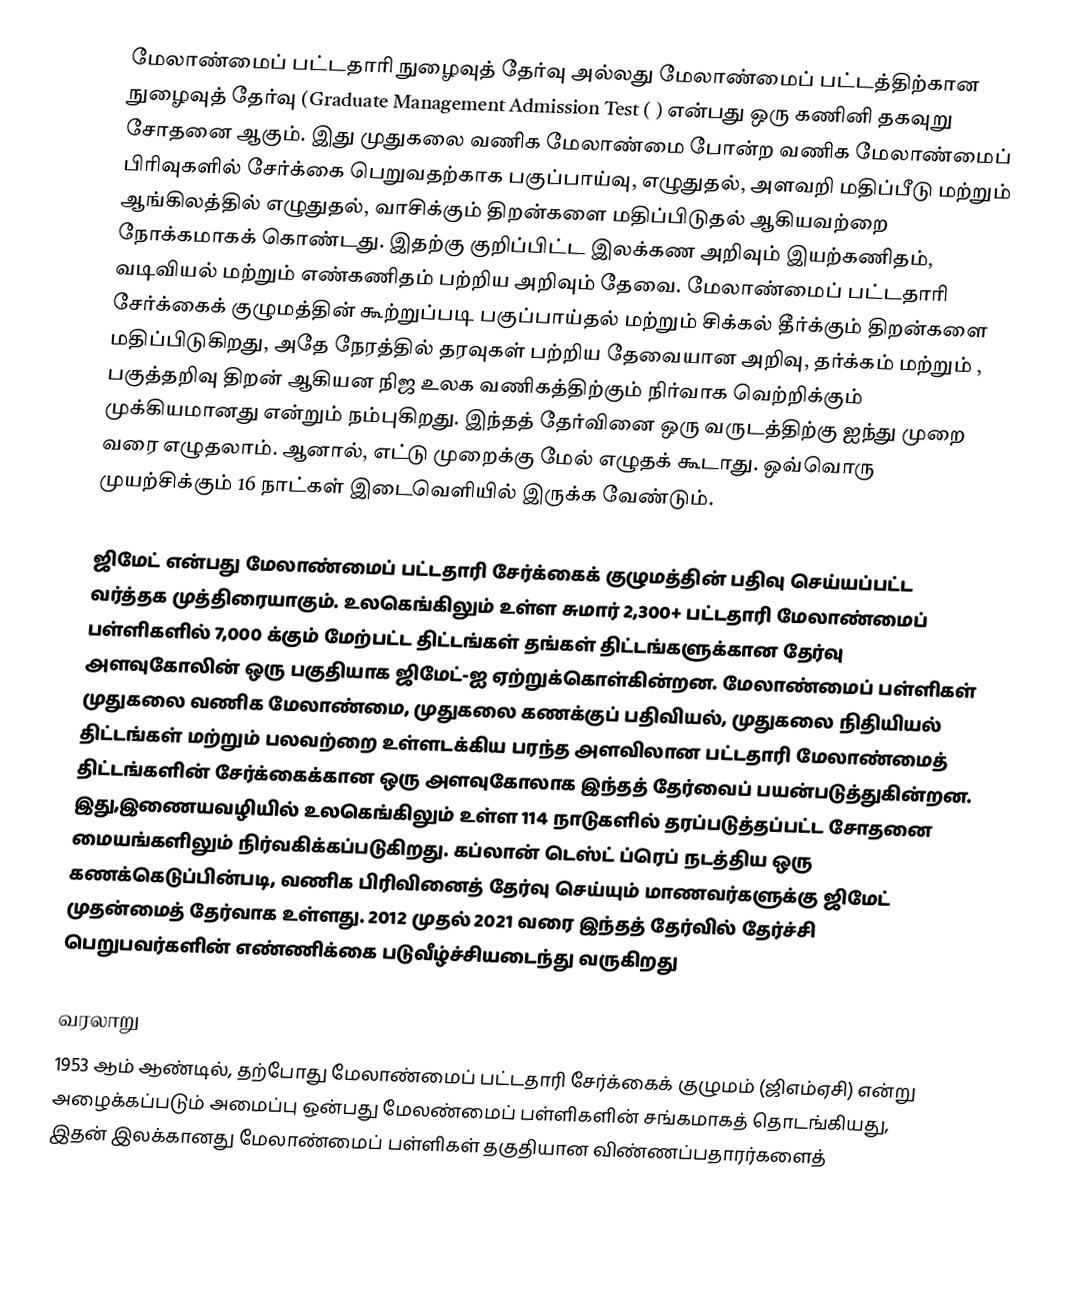
மேலாண்மைப் பட்டதாரி நுழைவுத் தேர்வு அல்லது மேலாண்மைப் பட்டத்திற்கான நுழைவுத் தேர்வு (Graduate Management Admission Test (  ) என்பது ஒரு கணினி தகவுறு சோதனை ஆகும். இது முதுகலை வணிக மேலாண்மை போன்ற வணிக மேலாண்மைப் பிரிவுகளில் சேர்க்கை பெறுவதற்காக  பகுப்பாய்வு, எழுதுதல், அளவறி மதிப்பீடு மற்றும்  ஆங்கிலத்தில் எழுதுதல், வாசிக்கும் திறன்களை மதிப்பிடுதல் ஆகியவற்றை நோக்கமாகக் கொண்டது. இதற்கு குறிப்பிட்ட இலக்கண அறிவும் இயற்கணிதம், வடிவியல் மற்றும் எண்கணிதம் பற்றிய அறிவும் தேவை. மேலாண்மைப் பட்டதாரி சேர்க்கைக் குழுமத்தின் கூற்றுப்படி பகுப்பாய்தல் மற்றும் சிக்கல் தீர்க்கும் திறன்களை மதிப்பிடுகிறது, அதே நேரத்தில் தரவுகள் பற்றிய தேவையான அறிவு, தர்க்கம் மற்றும் , பகுத்தறிவு திறன் ஆகியன நிஜ உலக வணிகத்திற்கும் நிர்வாக வெற்றிக்கும் முக்கியமானது என்றும்  நம்புகிறது.  இந்தத் தேர்வினை ஒரு வருடத்திற்கு ஐந்து முறை வரை எழுதலாம். ஆனால், எட்டு முறைக்கு மேல் எழுதக் கூடாது. ஒவ்வொரு முயற்சிக்கும் 16 நாட்கள் இடைவெளியில் இருக்க வேண்டும்.

ஜிமேட் என்பது மேலாண்மைப் பட்டதாரி  சேர்க்கைக் குழுமத்தின் பதிவு செய்யப்பட்ட வர்த்தக முத்திரையாகும்.  உலகெங்கிலும் உள்ள சுமார் 2,300+ பட்டதாரி மேலாண்மைப் பள்ளிகளில் 7,000 க்கும் மேற்பட்ட திட்டங்கள் தங்கள் திட்டங்களுக்கான தேர்வு அளவுகோலின் ஒரு பகுதியாக ஜிமேட்-ஐ ஏற்றுக்கொள்கின்றன.  மேலாண்மைப் பள்ளிகள் முதுகலை வணிக மேலாண்மை, முதுகலை கணக்குப் பதிவியல், முதுகலை நிதியியல் திட்டங்கள் மற்றும் பலவற்றை உள்ளடக்கிய பரந்த அளவிலான பட்டதாரி மேலாண்மைத் திட்டங்களின் சேர்க்கைக்கான ஒரு அளவுகோலாக இந்தத் தேர்வைப் பயன்படுத்துகின்றன. இது,இணையவழியில் உலகெங்கிலும் உள்ள 114 நாடுகளில் தரப்படுத்தப்பட்ட சோதனை மையங்களிலும் நிர்வகிக்கப்படுகிறது.  கப்லான் டெஸ்ட் ப்ரெப் நடத்திய ஒரு கணக்கெடுப்பின்படி, வணிக பிரிவினைத் தேர்வு செய்யும் மாணவர்களுக்கு ஜிமேட் முதன்மைத் தேர்வாக உள்ளது.   2012 முதல் 2021 வரை இந்தத் தேர்வில் தேர்ச்சி பெறுபவர்களின் எண்ணிக்கை படுவீழ்ச்சியடைந்து வருகிறது

வரலாறு
1953 ஆம் ஆண்டில், தற்போது மேலாண்மைப் பட்டதாரி சேர்க்கைக் குழுமம் (ஜிஎம்ஏசி) என்று அழைக்கப்படும் அமைப்பு ஒன்பது மேலண்மைப் பள்ளிகளின் சங்கமாகத் தொடங்கியது, இதன் இலக்கானது மேலாண்மைப் பள்ளிகள் தகுதியான விண்ணப்பதாரர்களைத்